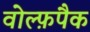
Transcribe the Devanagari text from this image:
वोल्फ़पैक